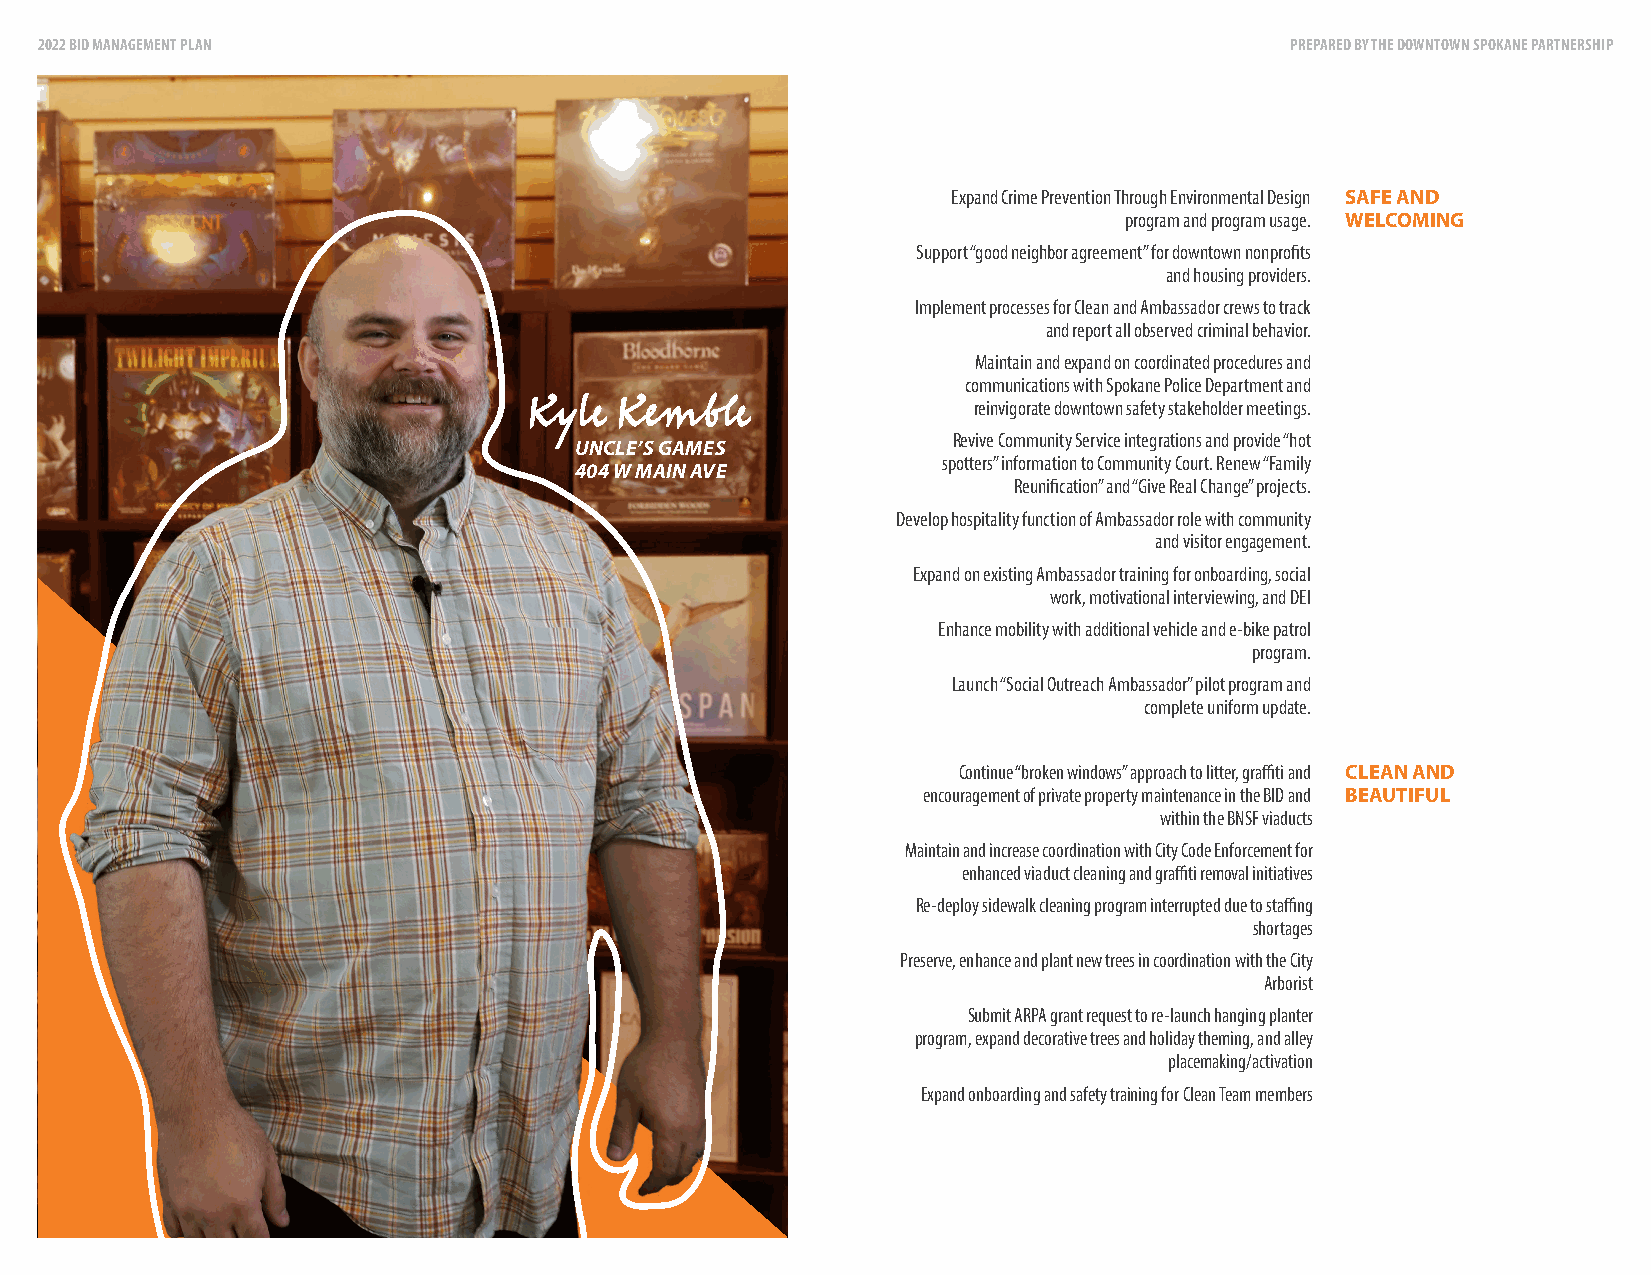
2022 BID MANAGEMENT PLAN                                                           PREPARED BY THE DOWNTOWN SPOKANE PARTNERSHIP
 Expand Crime Prevention Through Environmental Design SAFE AND
 program and program usage. WELCOMING
 Support “good neighbor agreement” for downtown nonprofits
 and housing providers.
 Implement processes for Clean and Ambassador crews to track
 and report all observed criminal behavior.
 Maintain and expand on coordinated procedures and
 communications with Spokane Police Department and
 reinvigorate downtown safety stakeholder meetings.
 Kyle  Kemble
 Revive Community Service integrations and provide “hot
 UNCLE’S GAMES
 spotters” information to Community Court. Renew “Family
 404 W MAIN AVE
 Reunification” and “Give Real Change” projects.
 Develop hospitality function of Ambassador role with community
 and visitor engagement.
 Expand on existing Ambassador training for onboarding, social
 work, motivational interviewing, and DEI
 Enhance mobility with additional vehicle and e-bike patrol
 program.
 Launch “Social Outreach Ambassador” pilot program and
 complete uniform update.
 Continue “broken windows” approach to litter, graffiti and CLEAN AND
 encouragement of private property maintenance in the BID and BEAUTIFUL
 within the BNSF viaducts
 Maintain and increase coordination with City Code Enforcement for
 enhanced viaduct cleaning and graffiti removal initiatives
 Re-deploy sidewalk cleaning program interrupted due to staffing
 shortages
 Preserve, enhance and plant new trees in coordination with the City
 Arborist
 Submit ARPA grant request to re-launch hanging planter
 program, expand decorative trees and holiday theming, and alley
 placemaking/activation
 Expand onboarding and safety training for Clean Team members